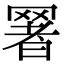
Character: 𦋧